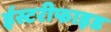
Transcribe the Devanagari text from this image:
ईस्टरीफाइड